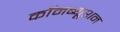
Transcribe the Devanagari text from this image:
कॉमब्यूशन